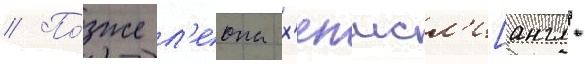
// По́зже л'еона х'елмсл'и[англ.